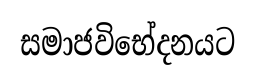
සමාජවිභේදනයට